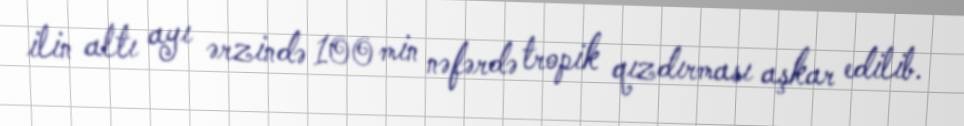
ilin altı ayı ərzində 100 min nəfərdə tropik qızdırması aşkar edilib.